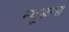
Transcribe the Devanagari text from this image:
न्यूसन्स